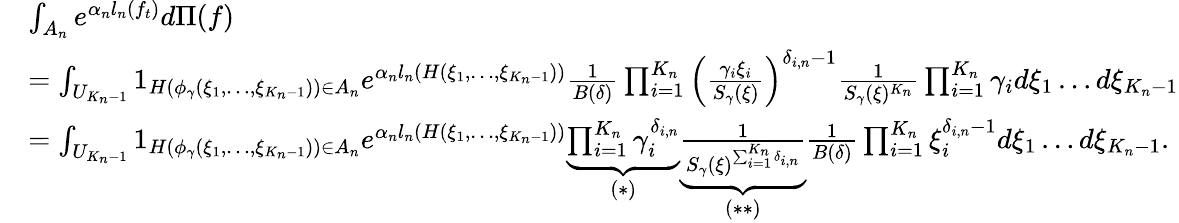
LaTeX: \begin{array}{rl}&{\int_{A_{n}}e^{\alpha_{n}l_{n}(f_{t})}d\Pi(f)}\\ &{=\int_{U_{K_{n}-1}}1_{H(\phi_{\gamma}(\xi_{1},\dots,\xi_{K_{n}-1}))\in A_{n}}e^{\alpha_{n}l_{n}(H(\xi_{1},\dots,\xi_{K_{n}-1}))}\frac{1}{B(\delta)}\prod_{i=1}^{K_{n}}\left(\frac{\gamma_{i}\xi_{i}}{S_{\gamma}(\xi)}\right)^{\delta_{i,n}-1}\frac{1}{S_{\gamma}(\xi)^{K_{n}}}\prod_{i=1}^{K_{n}}\gamma_{i}d\xi_{1}\dots d\xi_{K_{n}-1}}\\ &{=\int_{U_{K_{n}-1}}1_{H(\phi_{\gamma}(\xi_{1},\dots,\xi_{K_{n}-1}))\in A_{n}}e^{\alpha_{n}l_{n}(H(\xi_{1},\dots,\xi_{K_{n}-1}))}\underbrace{\prod_{i=1}^{K_{n}}\gamma_{i}^{\delta_{i,n}}}_{(*)}\underbrace{\frac{1}{S_{\gamma}(\xi)^{\sum_{i=1}^{K_{n}}\delta_{i,n}}}}_{(**)}\frac{1}{B(\delta)}\prod_{i=1}^{K_{n}}\xi_{i}^{\delta_{i,n}-1}d\xi_{1}\dots d\xi_{K_{n}-1}.}\end{array}